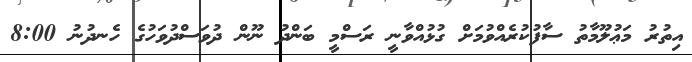
އިތުރު މަޢުލޫމާތު ސާފުކުރެއްވުމަށް ގުޅުއްވާނީ ރަސްމީ ބަންދު ނޫން ދުވަސްދުވަހުގެ ހެނދުނު 8:00